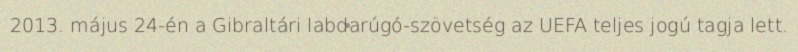
2013. május 24-én a Gibraltári labdarúgó-szövetség az UEFA teljes jogú tagja lett.